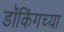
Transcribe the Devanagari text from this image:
डॉकिंगच्या